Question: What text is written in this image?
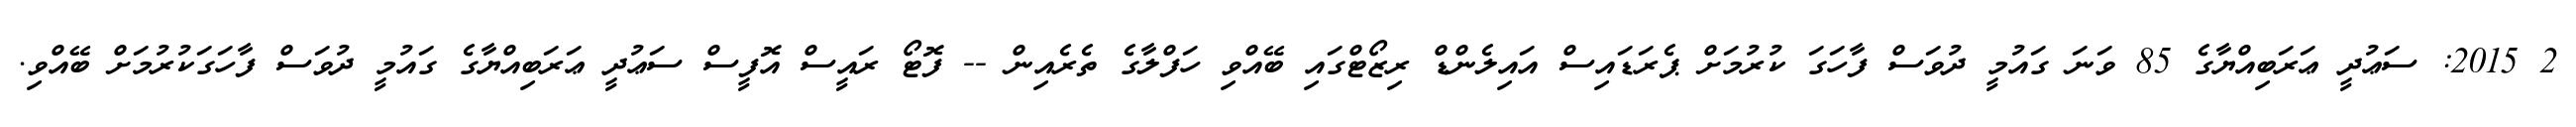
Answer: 2 2015: ސަޢުދީ ޢަރަބިއްޔާގެ 85 ވަނަ ގައުމީ ދުވަސް ފާހަގަ ކުރުމަށް ޕެރަޑައިސް އައިލެންޑް ރިޒޯޓްގައި ބޭއްވި ހަފްލާގެ ތެރެއިން -- ފޮޓޯ ރައީސް އޮފީސް ސަޢުދީ ޢަރަބިއްޔާގެ ގައުމީ ދުވަސް ފާހަގަކުރުމަށް ބޭއްވި.